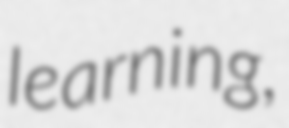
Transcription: learning,